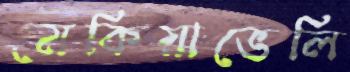
মেকিয়াভেলি